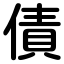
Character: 債